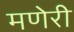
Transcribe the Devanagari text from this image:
मणेरी